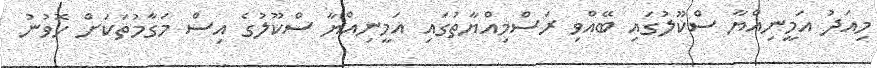
މިއަދު އަމީނިއްޔާ ސްކޫލުގައި ބޭއްވި ރަސްމިއްޔާތުގައި އަމީނިއްޔާ ސްކޫލުގެ އިސް މަގާމުތަކަށް ހޮވުނު